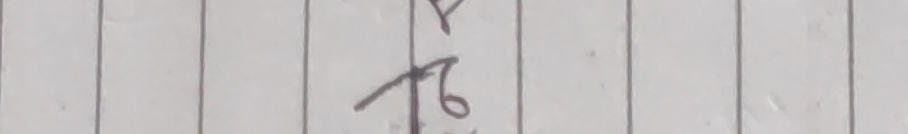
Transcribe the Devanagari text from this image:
य
ढ